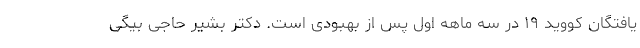
یافتگان کووید ۱۹ در سه ماهه اول پس از بهبودی است. دکتر بشیر حاجی بیگی